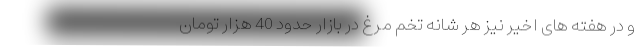
و در هفته های اخیر نیز هر شانه تخم مرغ در بازار حدود 40 هزار تومان